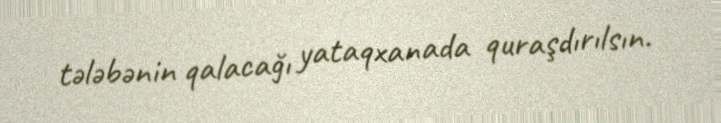
tələbənin qalacağı yataqxanada quraşdırılsın.